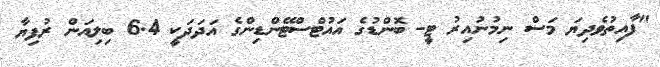
"ފާއިތުވެދިޔަ މަސް ނިމުނުއިރު ޓީ- ބޮންޑުގެ އައުޓްސްޓޭންޑިންގެ އަދަދަކީ 6.4 ބިލިއަން ރުފިޔާ